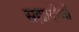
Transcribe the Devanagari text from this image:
सह्यादीची